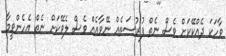
ވާހަކަ ދެއްކޭކަށް ވެސް ނެތް ފުރުސަތެއް ނޭވާއެއް ވެސް ލެވޭކަށް ނެތް އެހެންވީމާ